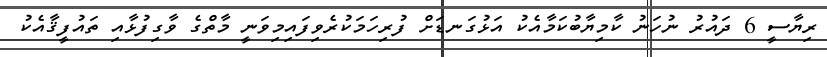
ރިޔާސީ 6 ދައުރު ނުހަނު ކާމިޔާބުކަމާއެކު އަޅުގަނޑަށް ފުރިހަމަކުރެވިފައިމިވަނީ މާތްގެ ވާގިފުޅާއި ތައުފީޤާއެކު